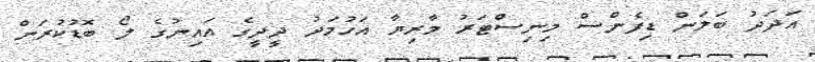
އަދަދު ބަލަން ޑިފެންސް މިނިސްޓަރު މާރިޔާ އަހުމަދު ދީދީގެ އައިނުގެ ލޯ ބޮޑުކުރަން